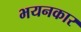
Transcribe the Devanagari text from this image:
भयनकार